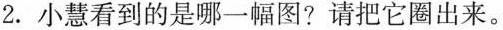
2. 小慧看到的是哪一幅图?请把它圈出来。